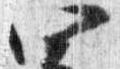
四